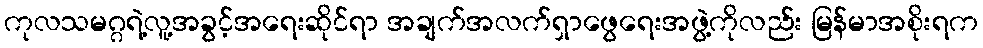
ကုလသမဂ္ဂရဲ့လူ့အခွင့်အရေးဆိုင်ရာ အချက်အလက်ရှာဖွေရေးအဖွဲ့ကိုလည်း မြန်မာအစိုးရက